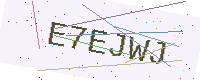
Text: E7EJWJ